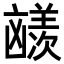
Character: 𪞼